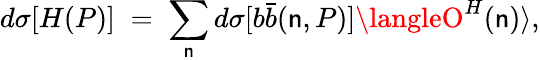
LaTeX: d\sigma[H(P)]\; =\; \sum_{\mathsf{n}}d\sigma[b\bar{{b}}(\mathsf{n},P)]\langleO^{H}(\mathsf{n})\rangle,